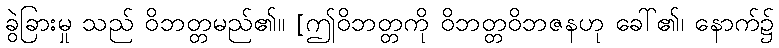
ခွဲခြားမှု သည် ဝိဘတ္တမည်၏။ [ဤဝိဘတ္တကို ဝိဘတ္တဝိဘဇနဟု ခေါ်၏၊ နောက်၌